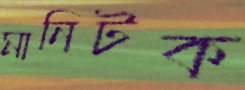
মানিটক